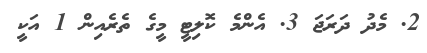
2. މެދު ދަރަޖަ 3. އެންމެ ކޮލިޓީ މީގެ ތެރެއިން 1 އަކީ